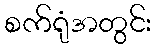
စက်ရုံအတွင်း